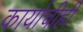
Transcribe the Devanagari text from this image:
कार्याचीही